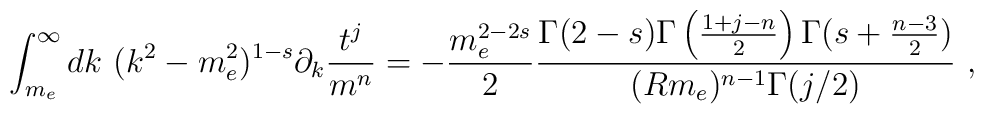
\int_{m_e}^\infty dk\ (k^2-m_e^2)^{1-s}\partial_k\frac{t^j}{m^n}=-\frac{m_e^{2-2s}}{2}\frac{\Gamma(2-s)\Gamma\left(\frac{1+j-n}{2}\right)\Gamma(s+\frac{n-3}{2})}{(Rm_e)^{n-1}\Gamma(j/2)}\ ,